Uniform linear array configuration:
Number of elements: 48
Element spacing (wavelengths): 0.5
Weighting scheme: cosine
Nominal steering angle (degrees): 45
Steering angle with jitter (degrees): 44.53
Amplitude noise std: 0.05
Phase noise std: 0.05

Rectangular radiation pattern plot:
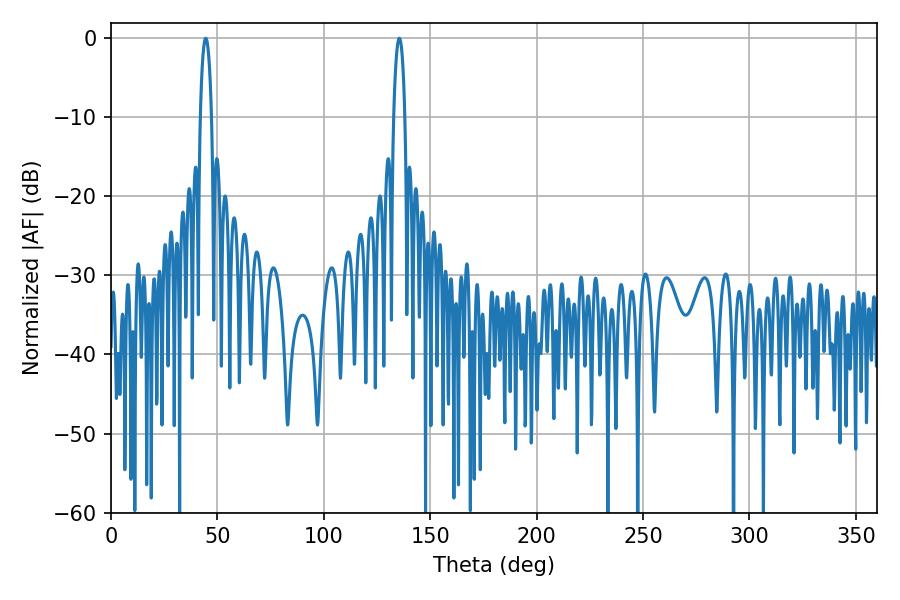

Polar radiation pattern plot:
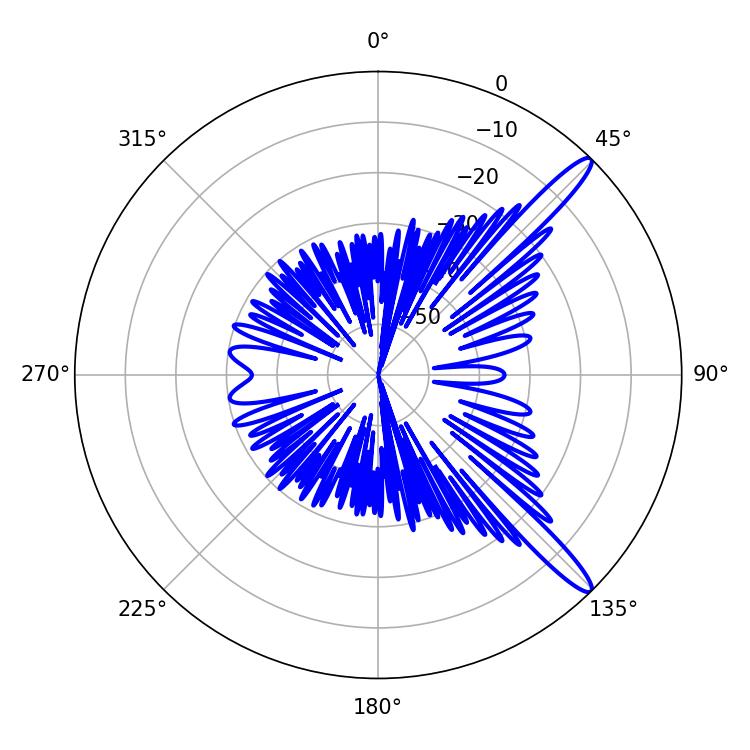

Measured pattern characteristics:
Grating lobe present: FALSE
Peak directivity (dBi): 13.865
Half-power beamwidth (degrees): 3.06
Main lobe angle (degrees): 44.46